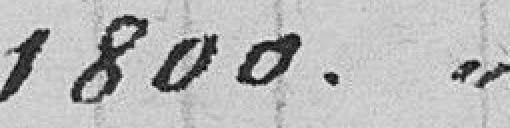
1800